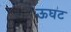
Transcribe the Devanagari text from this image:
ऊघट